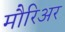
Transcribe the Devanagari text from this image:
मौरिअर